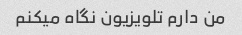
من دارم تلویزیون نگاه میکنم